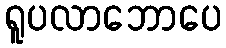
ရူပလာဘောပေ